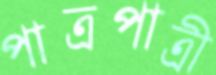
পাত্রপাত্রী